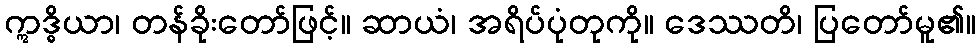
ဣဒ္ဓိယာ၊ တန်ခိုးတော်ဖြင့်။ ဆာယံ၊ အရိပ်ပုံတုကို။ ဒေဿတိ၊ ပြတော်မူ၏။